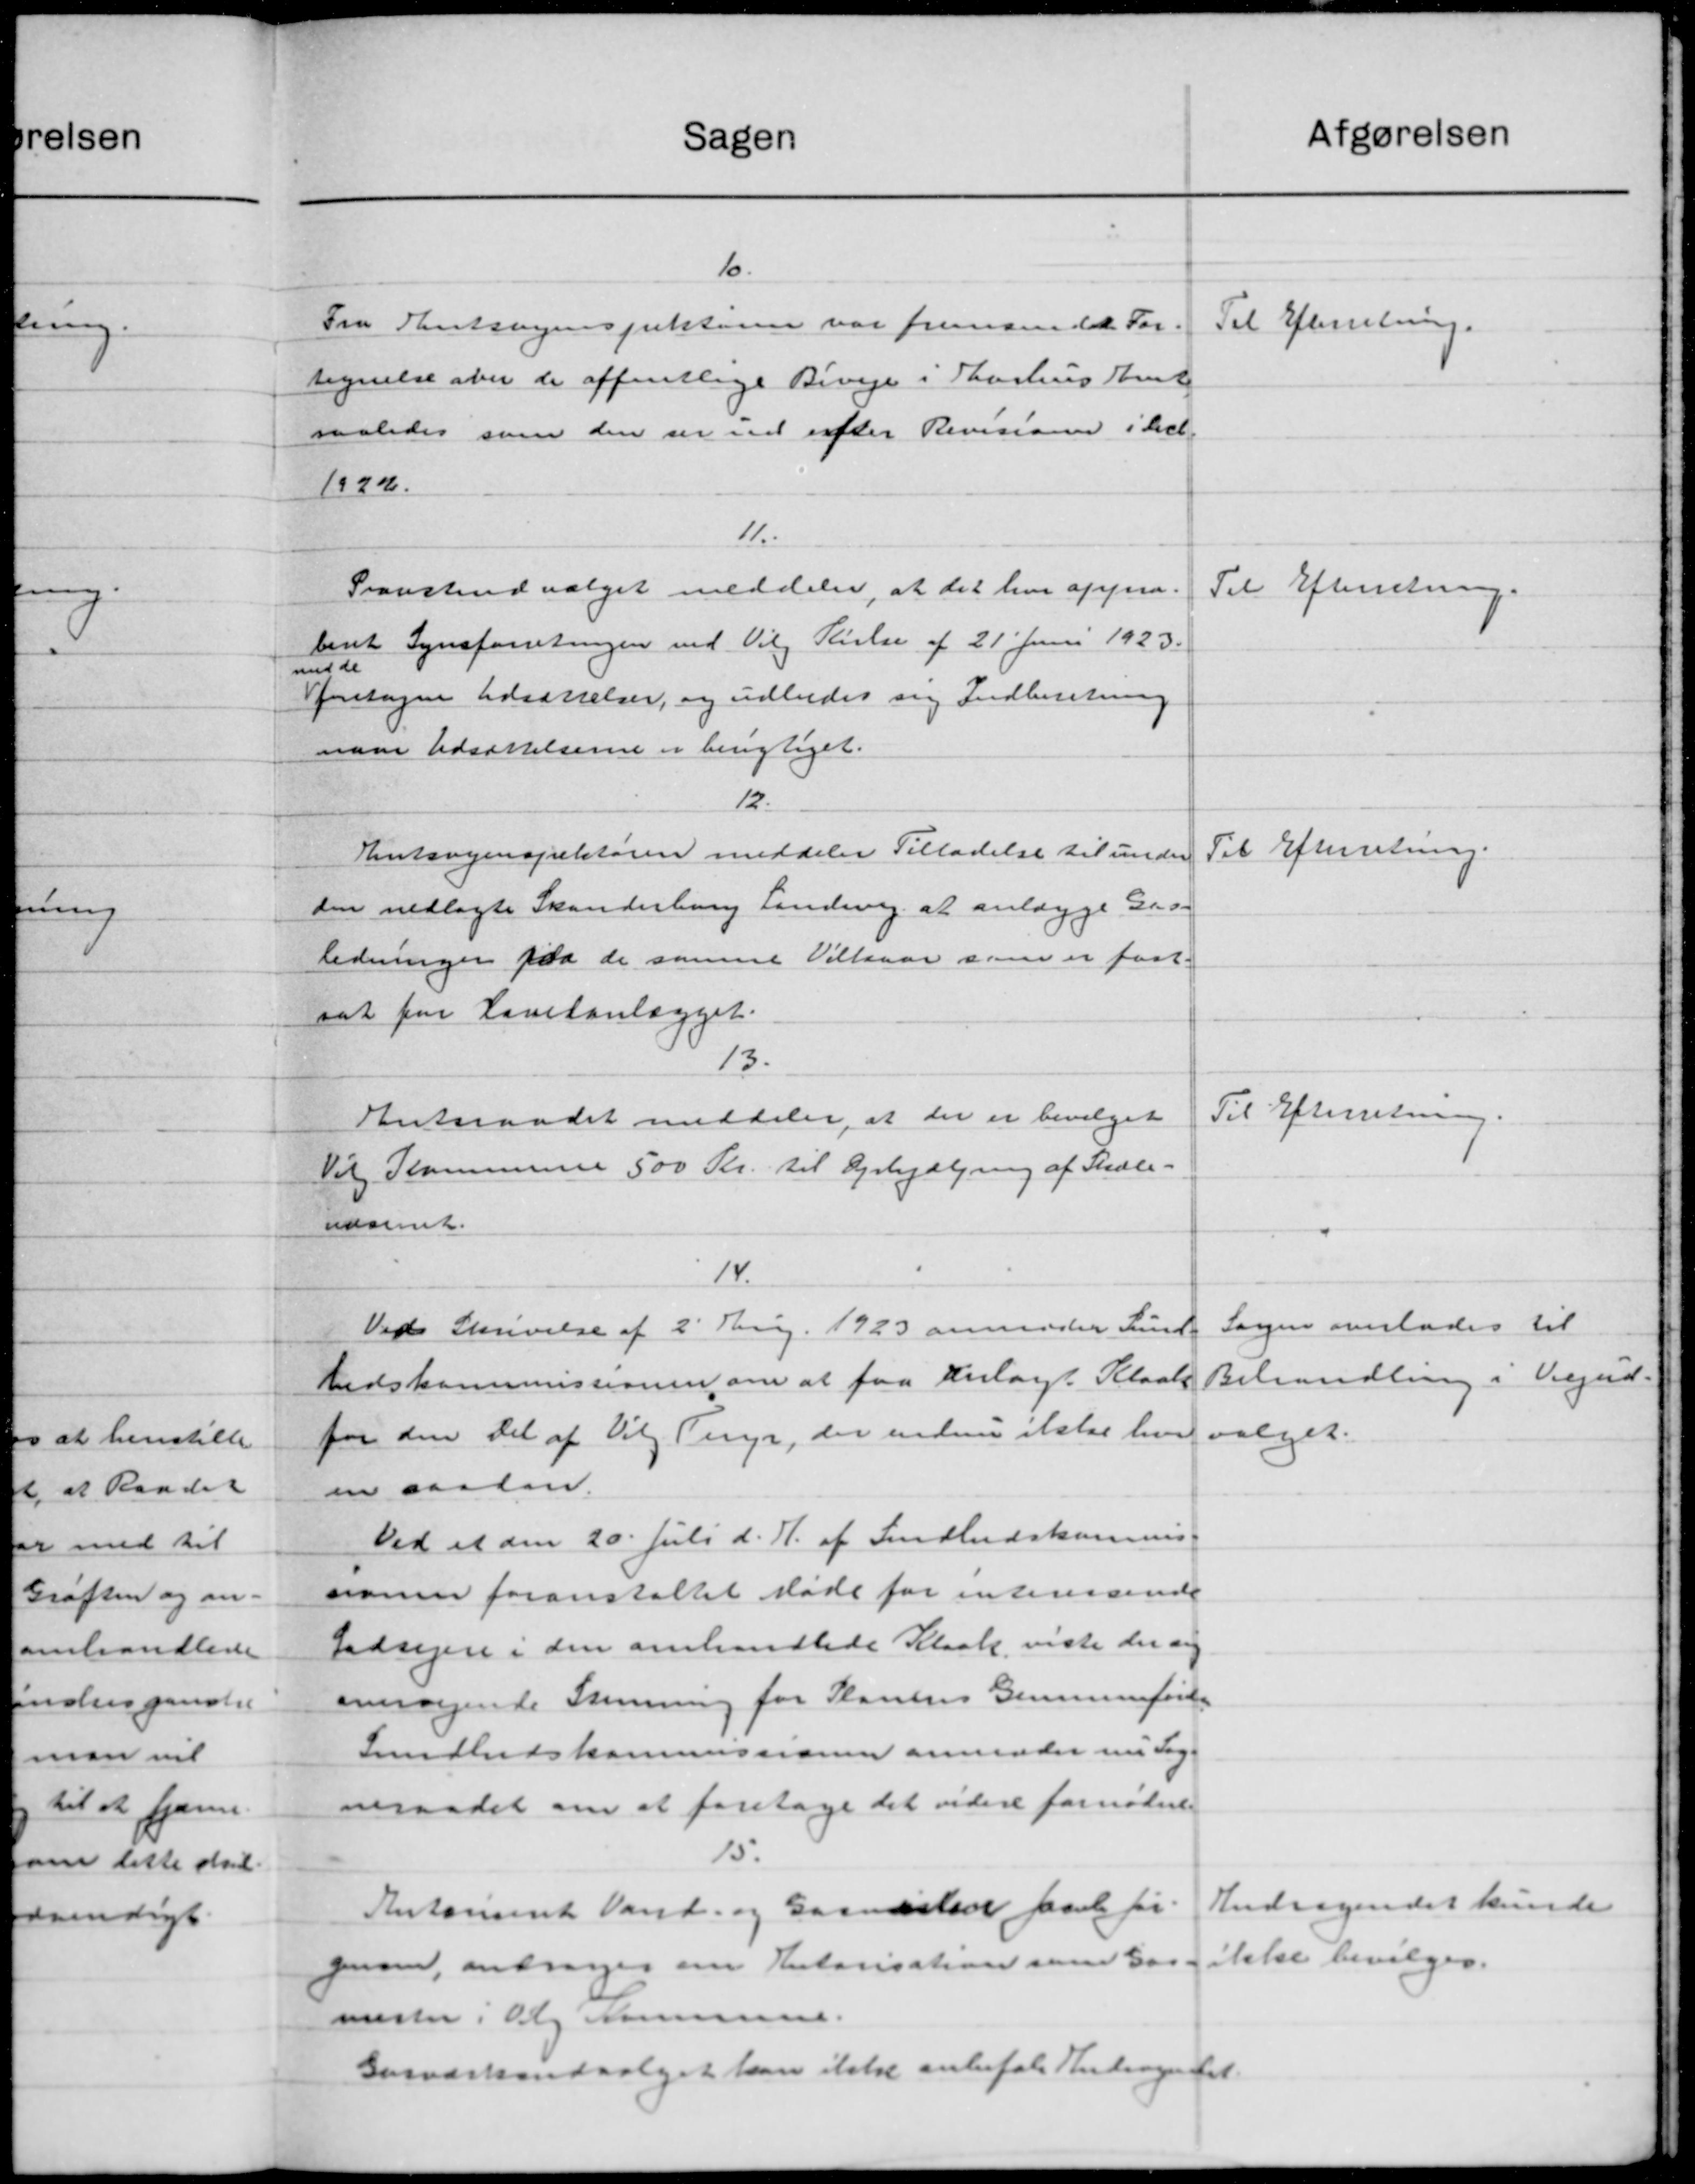
Transskription:
afgørelsen
Sagen
10.
Til Efterretning.
Fra Amtsvejinspektøren var fremsende For-
tegnelse over de offentlige Biveje i Aarhus Amt
saaledes som den ser ved efter Revisioner i Sech.
1922.
11.
Pransteudvalget meddeler, at det har appara.
Til Efterretning.
Venet Synsforretningen ved Vilg Rielse af 21' Juni 1923.
med de
foretagne Udsættelser, og udbedes sig Indberetning
naar Udsættelserne er berigtiget.
12.
Til Efterretning.
Kentsvejinspektøren meddeler Tilladelse til under
den nedlagte Skanderborg Landevej at anlægge Gro-
ledninger paa de samme Vilkaar som er fast-
sat for Kavitanlægget.
13.
Til Efterretning.
Antsraadet meddeler, at der er bevilget
Vil Kommune 500 Kr. til Dyrhjælpning af Skole-
udsenet.
14.
Sagen overlades til
Ved Skrivelse af 2' Marg. 1923 anmoder Lund-
Behandling i Vejud-
hedskommissionen om at faa anlagt Kloak
for den del af Vilg Tery, der endnu ikke hver valget.
en saa lan
Ved et den 20. Juli d. A. af Indhedskommis-
somer foranstaltet Møde for interessende
Lodsejere i den omhandlede Kloak viste der sig
anragende Stemming for Plantes Gennemfører
Sundhedskommissionen anmoder nu Sog-
neraadet om at foretage det videre fornødne.
15.
Andragendet kunde
Antonsent Vand- og Gaardstede faaet for
ikke bevilges.
gean, andrager om Antarisation som 300.
mester i Oly Komunen.
Gasværksudvalget kan ikke anbefale Andragendet